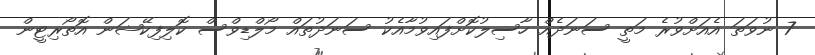
7 ނުވަތަ އެއަށްވުރެ މަތީ ސަނަދެއް ހާސިލުކޮށްފައިވުމާއެކު ސަނަދުތައް މޯލްޑިވްސް ކޮލިފިކޭޝަން އޮތޯރިޓީން